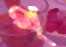
থ্